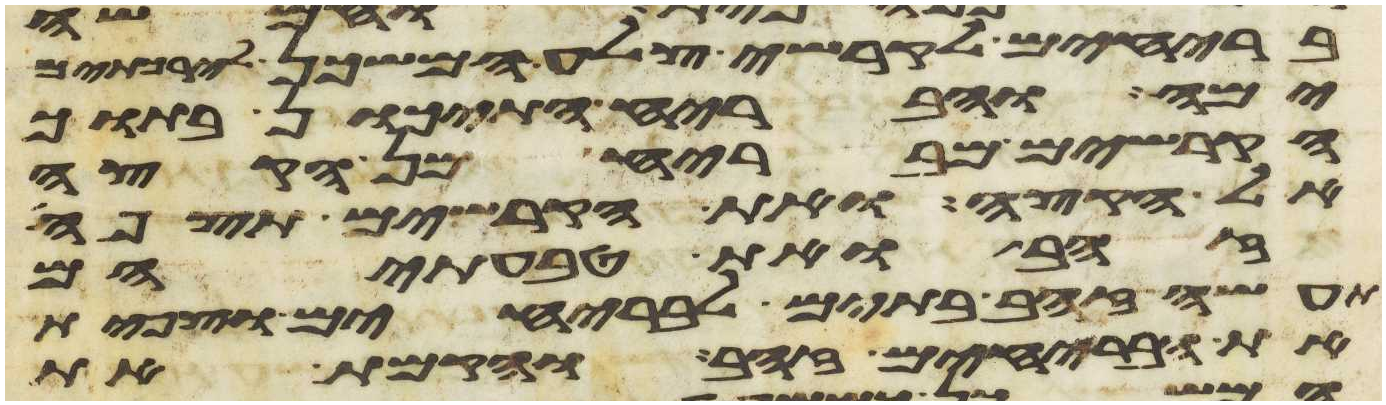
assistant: בריחים לקרשי צלע המשכן לירכתים
ימה והבריח התיכון בתוך
הקרשים מבריח מן הקצה
אל הקצה ואת הקרשים תצפה
זהב ואת טבעתיהם
תעשה זהב בתים לבריחים וצפית
את הבריחים זהב והקמת את